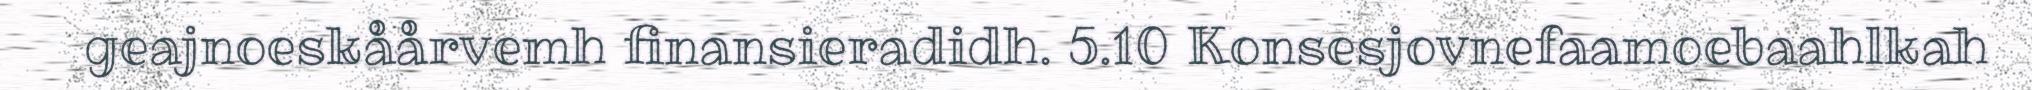
geajnoeskåårvemh finansieradidh. 5.10 Konsesjovnefaamoebaahlkah